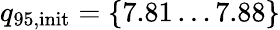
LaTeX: {q_{95,\mathrm{init}}=\{ 7.81\dots 7.88\} }